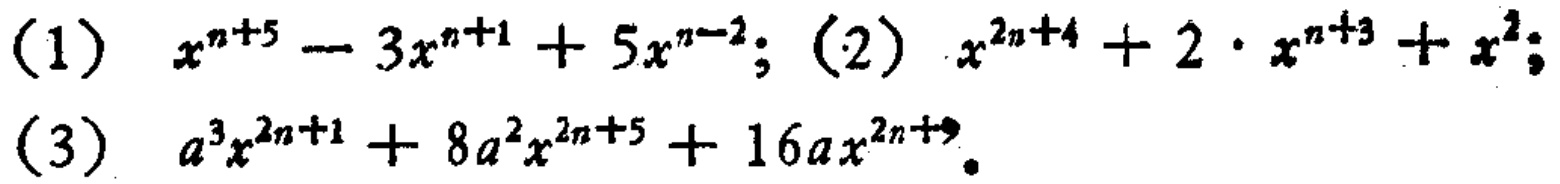
(1) \(x^{n + 5}-3x^{n + 1}+5x^{n - 2}\); (2) \(x^{2n + 4}+2\cdot x^{n + 3}+x^{2}\); (3) \(a^{3}x^{2n + 1}+8a^{2}x^{2n + 5}+16ax^{2n + 9}\)